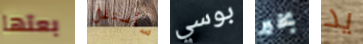
بعتها سأستقل بوسي بخير يد